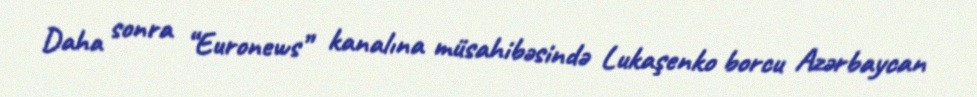
Daha sonra “Euronews” kanalına müsahibəsində Lukaşenko borcu Azərbaycan